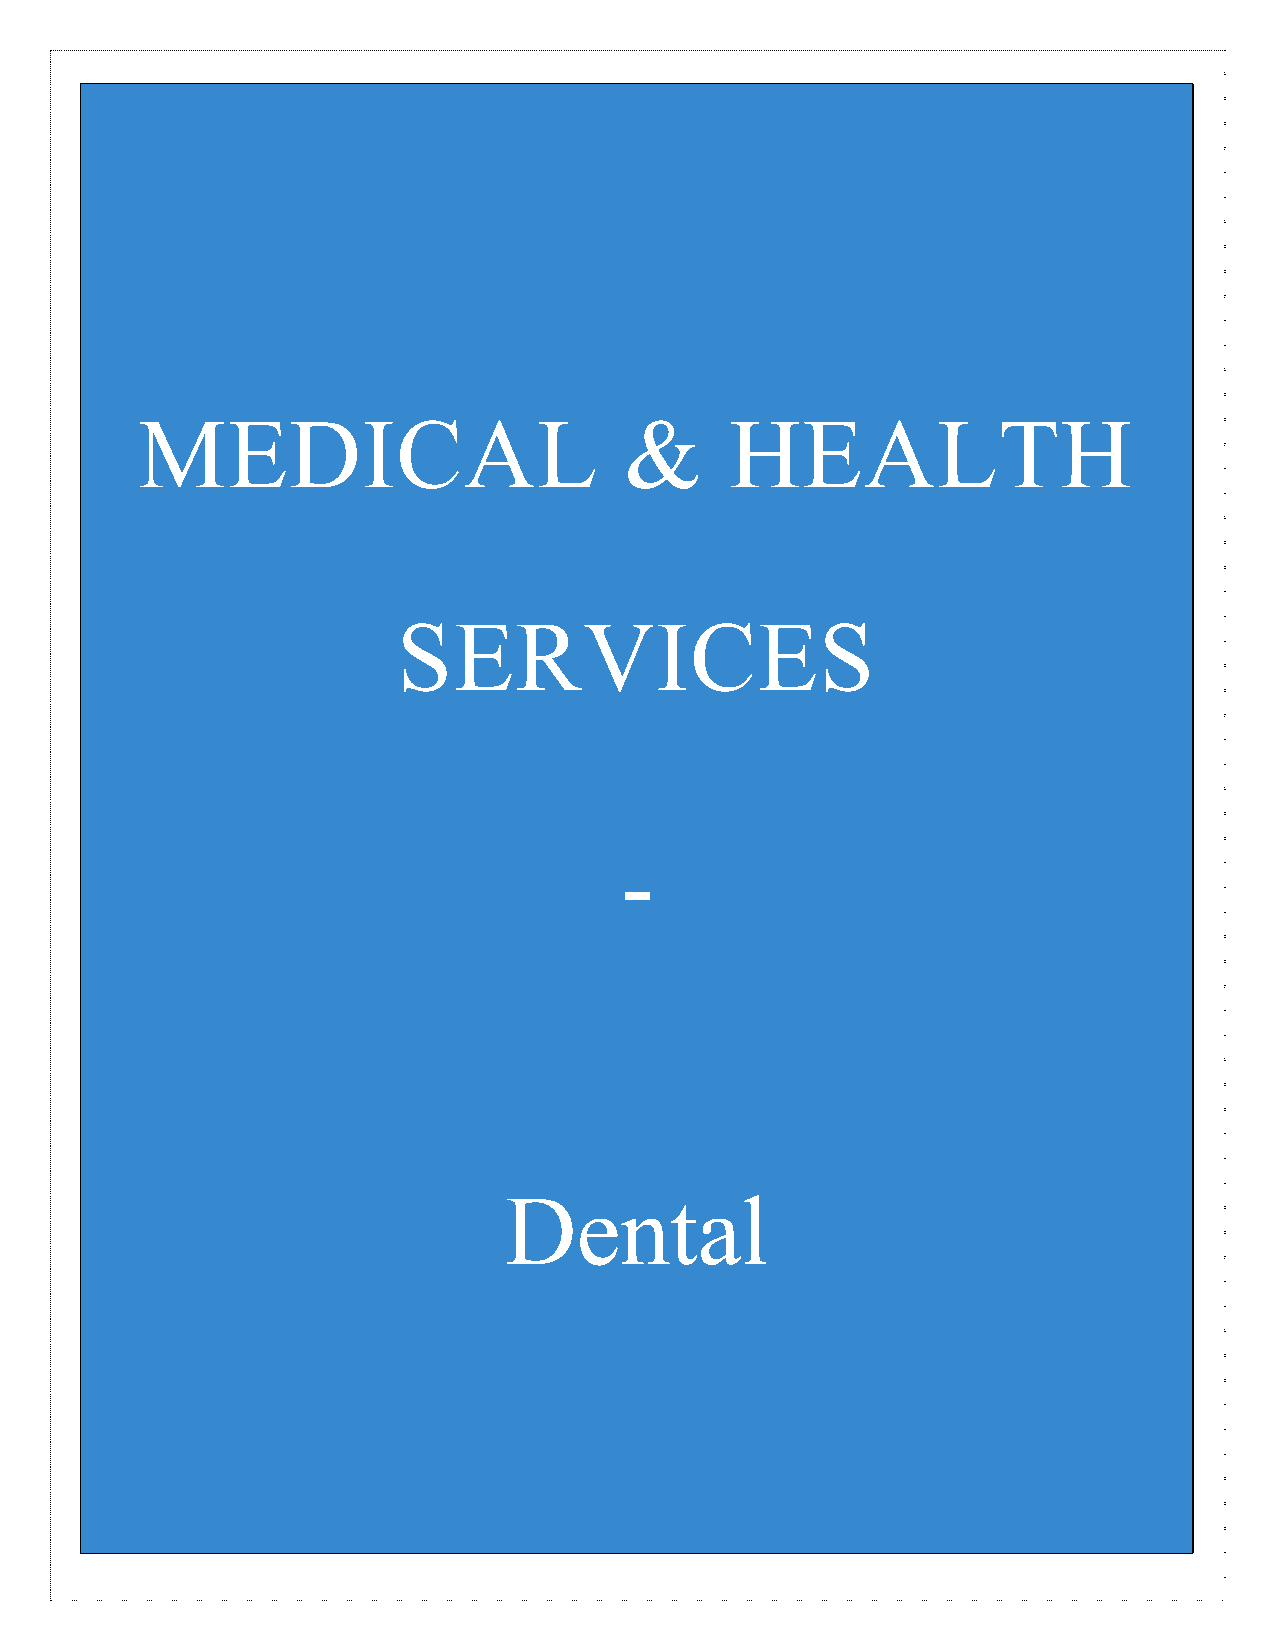
MEDICAL                         &      HEALTH
 RE
 SERVICES
 TAI
 -
 L
 Dental